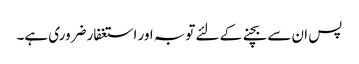
پس ان سے بچنے کے لئے توبہ اور استغفار ضروری ہے۔